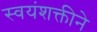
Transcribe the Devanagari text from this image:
स्वयंशक्तीने